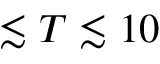
\lesssim T \lesssim 1 0